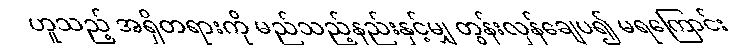
ဟူသည့် အရှိတရားကို မည်သည့်နည်းနှင့်မျှ တွန်းလှန်ချေပ၍ မရကြောင်း